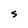
Character: S